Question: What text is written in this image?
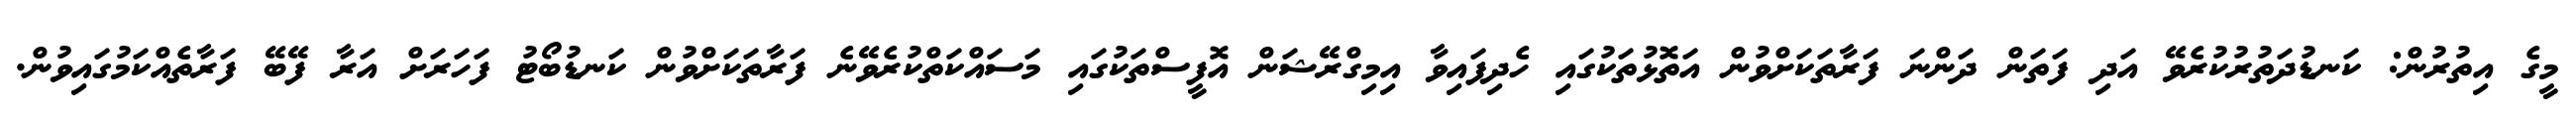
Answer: މީގެ އިތުރުން: ކަނޑުދަތުރުކުރެވޭ އަދި ފަތަން ދަންނަ ފަރާތަކަށްވުން އަތޮޅުތަކުގައި ހެދިފައިވާ އިމިގްރޭޝަން އޮފީސްތަކުގައި މަސައްކަތްކުރެވޭނެ ފަރާތަކަށްވުން ކަނޑުބޯޓު ފަހަރަށް އަރާ ފޭބޭ ފަރާތެއްކަމުގައިވުން.